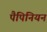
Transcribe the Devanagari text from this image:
पैपिनियन